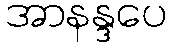
အာနန္ဒပေ